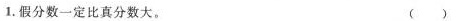
1.假分数一定比真分数大。( )